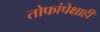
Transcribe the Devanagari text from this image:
तोफांपेक्षाही